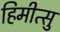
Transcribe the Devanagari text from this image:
हिमीत्सु